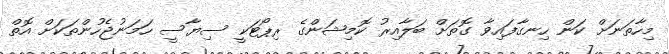
މިހާތަނަށް ކަން ހިނގާފައިވާ ގޮތަށް ބަލާއިރު ކޮމިޝަންގެ ރިޕޯޓަކީ ސިޔާސީ ހަމަނުޖެހުންތަކަށް އޮތް